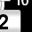
Digit: 2